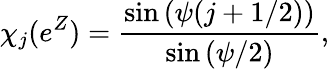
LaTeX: \chi_{j}(e^{Z})={\frac{\sin{(\psi(j+1/2))}}{\sin{(\psi/2)}}},